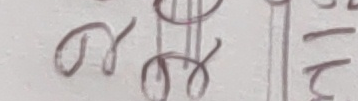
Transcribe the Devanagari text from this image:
१२